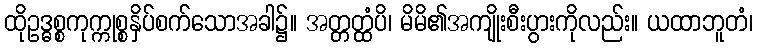
ထိုဥဒ္ဓစ္စကုက္ကုစ္စနှိပ်စက်သောအခါ၌။ အတ္တတ္ထံပိ၊ မိမိ၏အကျိုးစီးပွားကိုလည်း။ ယထာဘူတံ၊